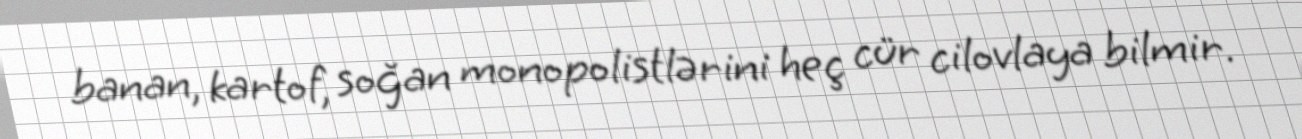
banan, kartof, soğan monopolistlərini heç cür cilovlaya bilmir.